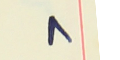
٨